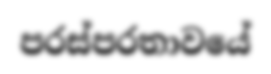
පරස්පරතාවයේ